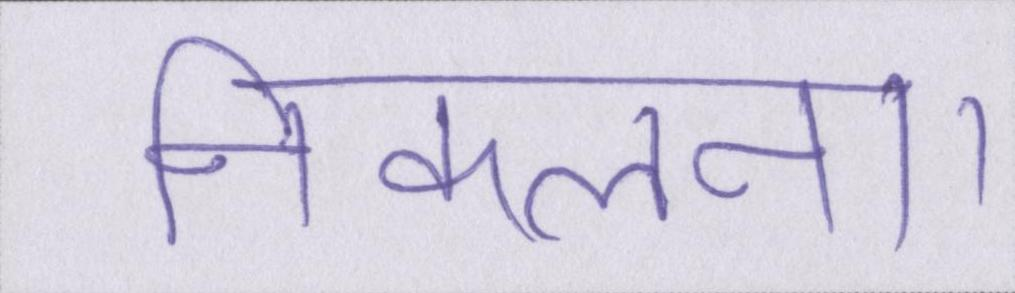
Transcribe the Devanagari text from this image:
निकलना।